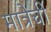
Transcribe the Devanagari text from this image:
मात्रेची